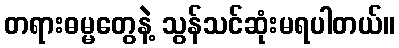
တရားဓမ္မတွေနဲ့ သွန်သင်ဆုံးမရပါတယ်။